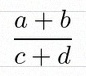
\frac{a+b}{c+d}